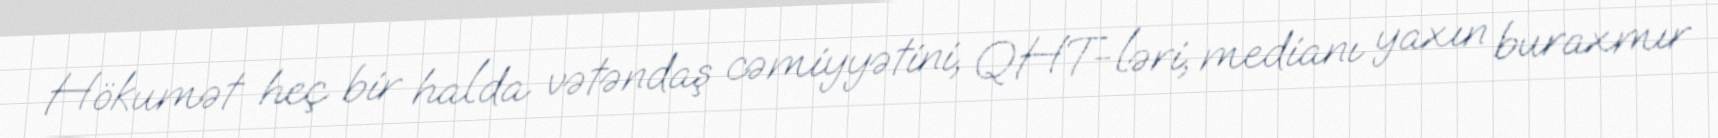
Hökumət heç bir halda vətəndaş cəmiyyətini, QHT-ləri, medianı yaxın buraxmır